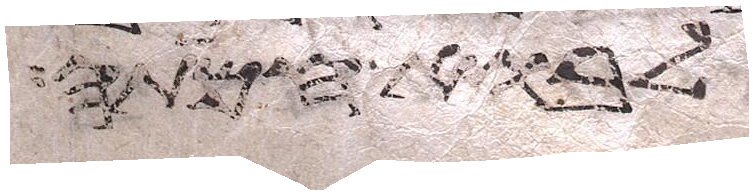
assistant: לבוא חמתה